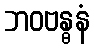
ဘဝဗန္ဓနံ